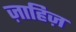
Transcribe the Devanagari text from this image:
ज़ाहिज़